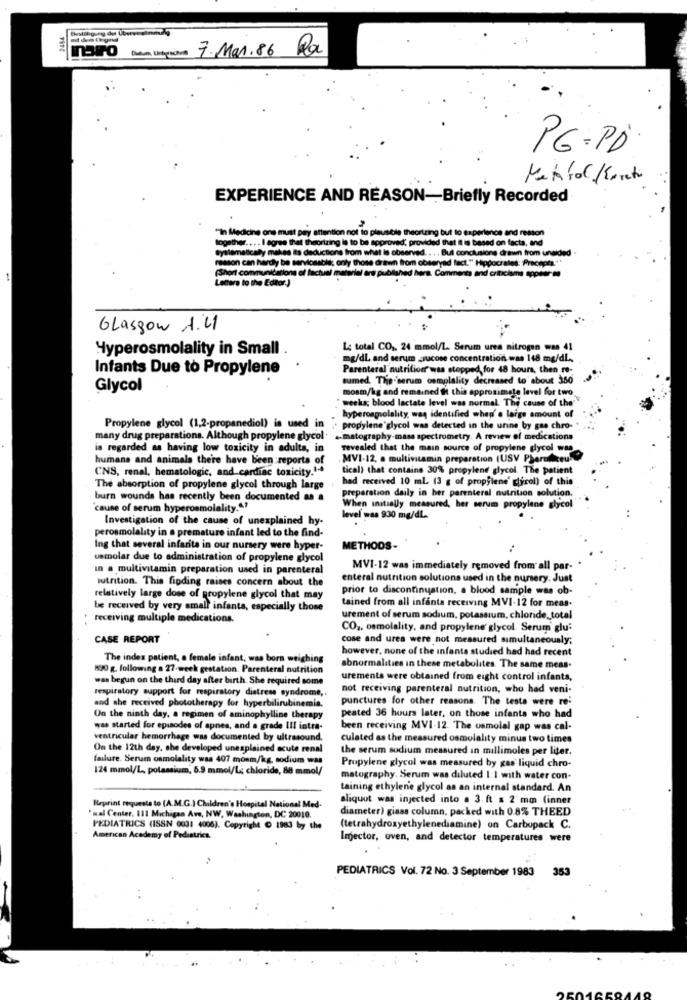
Daten Unterschie 7.Mar.86 Pa
PG-PD
EXPERIENCE AND REASON -- Briefly Recorded
"In Medicine one must pay attention not to plausibile theorizing but to experience and resson
together .... I agree that theorizing is to be approved, provided that It is based on facts, and
systematically makes its deductions from what is observed. ... But conclusions drawn from unaided
reason can hardly be servicsable; only those drawn from obseryad fact." Hippocrates: Pracepta."
(Short communications of factual material are published here. Comments and criticisms appear-ao
Letters to the Editor.)
Glasgow A.LI
Hyperosmolality in Small
Le total CO ,, 24 mmol/L. Serum urea nitrogen was 41
mg/dl and serum glucose concentration was 148 mg/dl,
Infants Due to Propylene
Parenteral nutrition was stopped, for 48 hours, then re-
sumed. The''serum osmolality decreased to' about 350
Glycol
mosm/kg and remained ft this approximate level for two
" weeks; blood lactate level was normal. The cause of the"
hyperosmolality, was identified when' a large amount of
Propylene glycol (1,2-propanediol) is used in
· propylene glycol was detected in the urine by gas chro-
many drug preparations. Although propylene glycol
matography-mass spectrometry. A review of medications
is regarded as having low toxicity in adults, in
revealed that the main source of propylene glycol was
humans and animals there have been reports of
.MVI-12, a multivitamin preparation (USV Pharmihreu?
CNS, renal, hematologic, and cardiac toxicity.1-4
tical) that contains 30% propylene glycol. The patient
had received 10 ml. (3 g of propylene' glycol) of this
The absorption of propylene glycol through large
preparation daily in her parenteral nutrition solution.
burn wounds has recently been documented as a
"cause of serum hyperosmolality."."
When initially measured, her serum propylene glycol
Investigation of the cause of unexplained hy-
level was 930 mg/dL.
perosmolality in a premature infant led to the find-
Ing that several infarita in our nursery were hyper-
METHODS-
usmolar due to administration of propylene glycol
in a multivitamin preparation used in parenteral
MVI-12 was immediately removed from all par-
nutrition. This finding raises concern about the
enteral nutrition solutions used in the nursery. Just
prior to discontinuation, a blood sample was ob-
relatively large dose of propylene glycol that may
tained from all infanta receiving MVI-12 for meas.
be received by very small infants, especially those
receiving multiple medications.
urement of serum sodium, potassium, chloride_total
CO ,, osmolality, and propylene glycol. Serum glu
CASE REPORT
cose and urea were not measured simultaneously;
however, none of the infants studied had had recent
The index patient, a female infant, was born weighing
130 g. following a 27-week gestation. Parenteral nutrition
abnormalities in these metabolites. The same meas-
was begun on the third day after birth. She required some
urements were obtained from eight control infants,
respiratory support for respiratory distress syndrome ,.
not receiving parenteral nutrition, who had veni-
punctures for other reasons. The tests were re:
and she received phototherapy for hyperbilirubinemia.
On the ninth day, a regimen of aminophylline therapy
peated 36 hours later, on those infanta who had
was started for episodes of apnes, and a grade Ill intra-
been receiving MVI-12. The osmolal gap was cal-
ventricular hemorrhage was documented by ultrasound.
culated as the measured osmolality minus two times
On the 12th day, she developed unexplained acute renal
the serum sodium measured in millimoles per liter.
failure. Serum osmolality was 407 monm/kg, sodium was
124 mmol/L, potassium, 5.9 mmol/L; chloride, 88 mmol/
Prupylene glycol was measured by gas liquid chro-
matography. Serum was diluted 1: 1 with water con-
taining ethylene glycol as an internal standard. An
aliquot was injected into a 3. ft x 2 mm (inner
Heprint requests to (A.M.G.) Children's Hospital National Med.
diameter) giass column, packed with 0.8% THEED
Pixel Center, 111 Michigan Ave, NW, Washington, DC 20010.
PEDIATRICS (ISSN 0031 4006). Copyright ( 1983 by the
(tetrahydroxyethylenediamine) on Carbopack C.
American Academy of Pediatrics.
Injector, oven, and detector temperatures were
PEDIATRICS Vol. 72 No. 3 September 1983
353